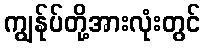
ကျွန်ုပ်တို့အားလုံးတွင်